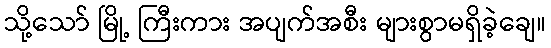
သို့သော် မြို့ ကြီးကား အပျက်အစီး များစွာမရှိခဲ့ချေ။